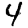
Digit: 4